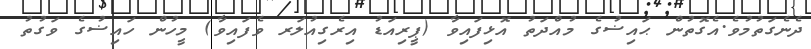
ދެނެގަތުމުވެ.އެގޮތުން ޙައިޟުގެ މުއްދަތު އޮޅިފައިވާ (ޕީރިއަޑު އިރެގިއުލަރ ވެފައިވާ) މީހުން ހައިޟުގެ ވަގުތު